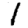
Digit: 1